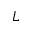
L